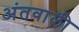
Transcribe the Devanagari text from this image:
अंतवाली